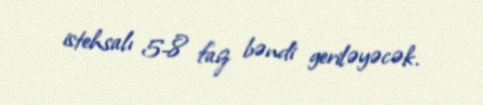
istehsalı 5-8 faiz bəndi geriləyəcək.